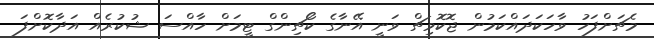
މެޗަށްފަހު ވާހަކަދައްކަމުން ޖޮކޮވިޗް ވަނީ އޭނާގެ ކޯޗިންގް ޓީމަށް ހާއްސަ ޝުކުރެއް އަދާކޮށްފަ